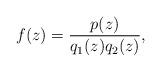
LaTeX: \begin{align*}f(z)=\frac{p(z)}{q_1(z)q_2(z)},\end{align*}